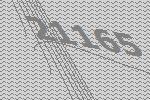
21165